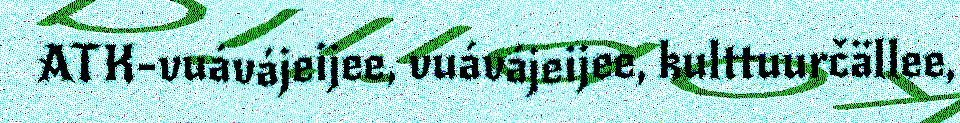
ATK-vuávájeijee, vuávájeijee, kulttuurčällee,